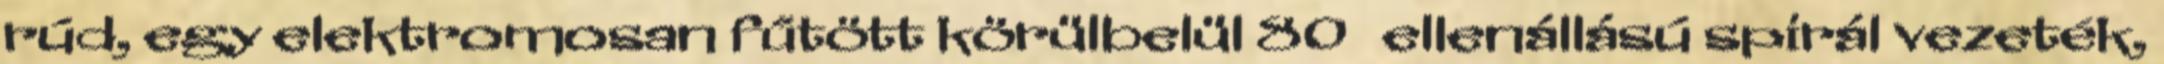
rúd, egy elektromosan fűtött körülbelül 80Ω ellenállású spirál vezeték,